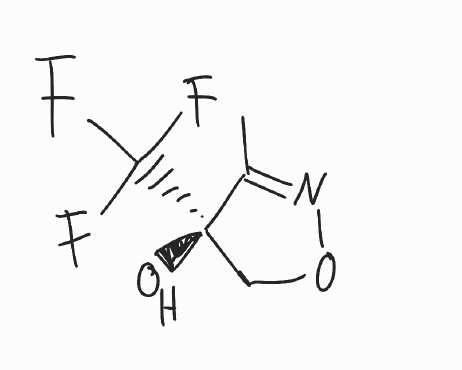
Simplified molecular-input line-entry system (SMILES) notation of the given molecule:
CC1=NOC[C@@]1(C(F)(F)F)O